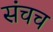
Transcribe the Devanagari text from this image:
संचच